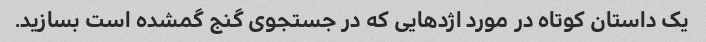
یک داستان کوتاه در مورد اژدهایی که در جستجوی گنج گمشده است بسازید.